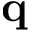
\mathbf { q }